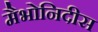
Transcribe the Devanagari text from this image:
मैभोनिदीस